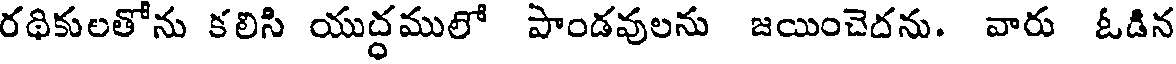
రథికులతోను కలిసి యుద్ధములో పాండవులను జయించెదను. వారు ఓడిన